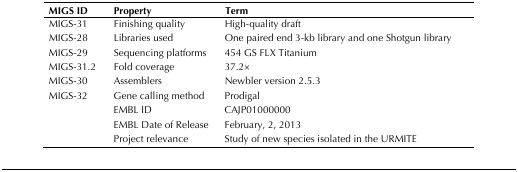
<table><thead><tr><td><b>MIGS ID</b></td><td><b>Property</b></td><td><b>Term</b></td></tr></thead><tbody><tr><td>MIGS-31</td><td>Finishing quality</td><td>High-quality draft</td></tr><tr><td>MIGS-28</td><td>Libraries used</td><td>One paired end 3-kb library and one Shotgun library</td></tr><tr><td>MIGS-29</td><td>Sequencing platforms</td><td>454 GS FLX Titanium</td></tr><tr><td>MIGS-31.2</td><td>Fold coverage</td><td>37.2×</td></tr><tr><td>MIGS-30</td><td>Assemblers</td><td>Newbler version 2.5.3</td></tr><tr><td>MIGS-32</td><td>Gene calling method</td><td>Prodigal</td></tr><tr><td></td><td>EMBL ID</td><td>CAJP01000000</td></tr><tr><td></td><td>EMBL Date of Release</td><td>February, 2, 2013</td></tr><tr><td></td><td>Project relevance</td><td>Study of new species isolated in the URMITE</td></tr></tbody></table>